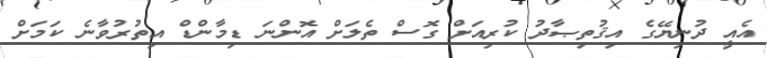
އެއީ ދުނިޔޭގެ އިޤުތިޞާދު ކުރިއަށް ގޮސް ތެލަށް އޮންނަ ޑިމާންޑް އިތުރުވާނެ ކަމަށް